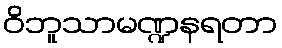
ဝိဘူသာမဏ္ဍနရတာ